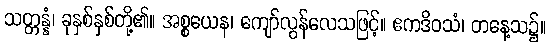
သတ္တန္နံ၊ ခုနှစ်နှစ်တို့၏။ အစ္စယေန၊ ကျော်လွန်လေသဖြင့်။ ဧကဒိဝသံ၊ တနေ့သ၌။